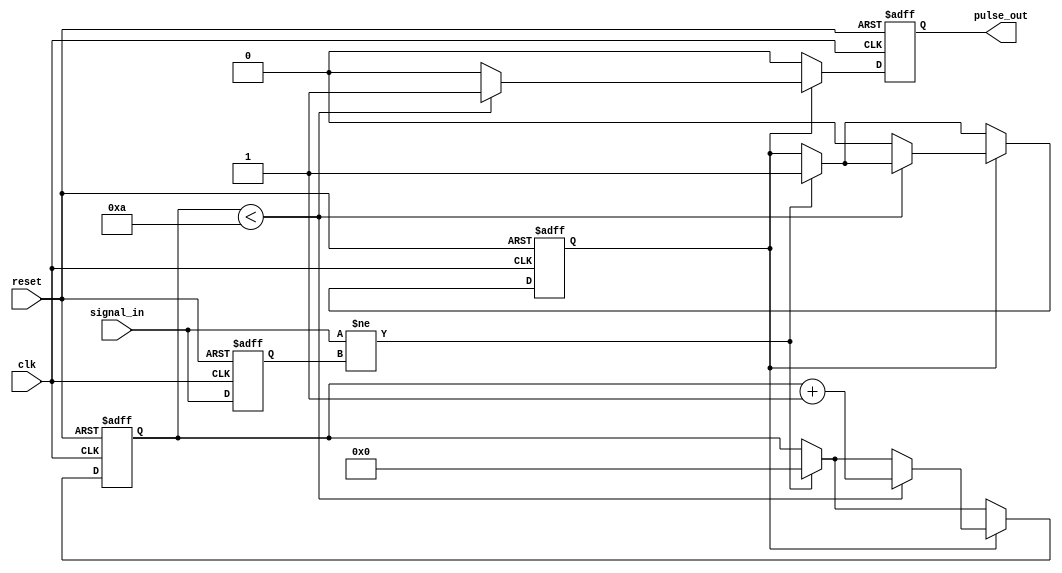
module monostable_edge_detector #(
    parameter PULSE_WIDTH = 10 // Pulse width in clock cycles
) (
    input wire clk,              // System clock
    input wire reset,            // Reset signal
    input wire signal_in,        // Input signal to detect edges
    output reg pulse_out         // Output pulse signal
);

    reg signal_in_prev;          // Previous state of the input signal
    reg [3:0] counter;           // Counter for pulse width
    reg pulse_active;            // Indicates if the pulse is active

    // Edge detection and pulse generation
    always @(posedge clk or posedge reset) begin
        if (reset) begin
            signal_in_prev <= 1'b0;
            pulse_out <= 1'b0;
            counter <= 4'b0;
            pulse_active <= 1'b0;
        end else begin
            // Detect rising or falling edge
            if (signal_in != signal_in_prev) begin
                // Edge detected, start pulse
                pulse_active <= 1'b1;
                counter <= 4'b0; // Reset counter
            end
            
            // Update previous state
            signal_in_prev <= signal_in;

            // Pulse generation logic
            if (pulse_active) begin
                if (counter < PULSE_WIDTH) begin
                    counter <= counter + 1;
                    pulse_out <= 1'b1; // Keep pulse high
                end else begin
                    pulse_out <= 1'b0; // End pulse
                    pulse_active <= 1'b0; // Reset pulse active
                end
            end else begin
                pulse_out <= 1'b0; // Ensure pulse is low when not active
            end
        end
    end
endmodule